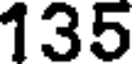
135